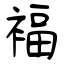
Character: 褔